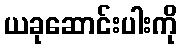
ယခုဆောင်းပါးကို